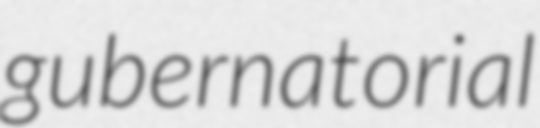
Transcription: gubernatorial